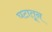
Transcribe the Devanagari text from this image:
घटातून